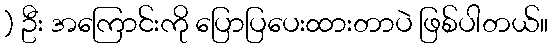
) ဦး အကြောင်းကို ပြောပြပေးထားတာပဲ ဖြစ်ပါတယ်။